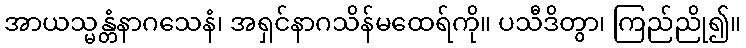
အာယသ္မန္တံနာဂသေနံ၊ အရှင်နာဂသိန်မထေရ်ကို။ ပသီဒိတွာ၊ ကြည်ညို၍။